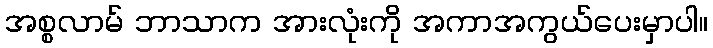
အစ္စလာမ် ဘာသာက အားလုံးကို အကာအကွယ်ပေးမှာပါ။